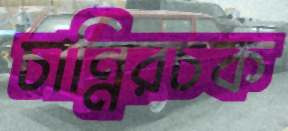
চান্নিরচক